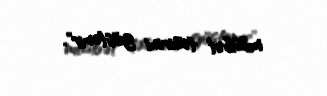
müsbət təsirini göstərir".